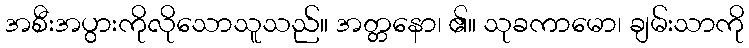
အစီးအပွားကိုလိုသောသူသည်။ အတ္တနော၊ ၏။ သုခကာမော၊ ချမ်းသာကို